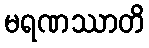
မရဏဿာတိ